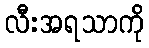
လီးအရသာကို